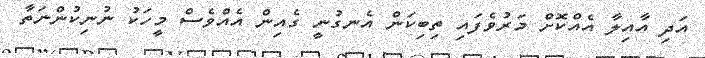
އަދި އާއިލާ އެއްކޮށް މަރުވެފައި ތިބިކަން އެނގުނީ ގެއިން އެއްވެސް މީހަކު ނުނިކުންނަތާ